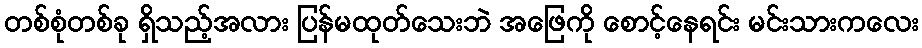
တစ်စုံတစ်ခု ရှိသည့်အလား ပြန်မထုတ်သေးဘဲ အဖြေကို စောင့်နေရင်း မင်းသားကလေး